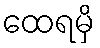
ထေရမှိ